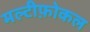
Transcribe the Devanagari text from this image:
मल्टीफ़ोकल